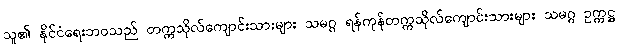
သူ၏ နိုင်ငံရေးဘဝသည် တက္ကသိုလ်ကျောင်းသားများ သမဂ္ဂ ရန်ကုန်တက္ကသိုလ်ကျောင်းသားများ သမဂ္ဂ ဥက္ကဋ္ဌ